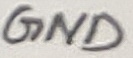
Text: GND